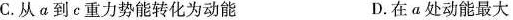
C.从α到e重力势能转化为动能 D.在a处动能最大